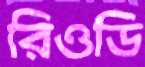
রিওডি